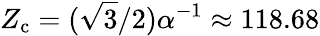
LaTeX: Z_{\mathrm{c}}=(\sqrt{3}/2)\alpha^{-1}\approx 118.68